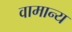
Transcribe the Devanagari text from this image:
वामान्य